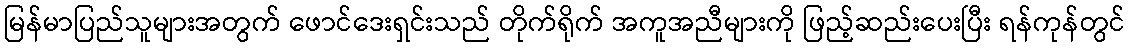
မြန်မာပြည်သူများအတွက် ဖောင်ဒေးရှင်းသည် တိုက်ရိုက် အကူအညီများကို ဖြည့်ဆည်းပေးပြီး ရန်ကုန်တွင်